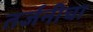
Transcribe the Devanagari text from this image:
तर्जनीचा